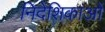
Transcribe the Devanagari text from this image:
निदेशिकाओं